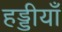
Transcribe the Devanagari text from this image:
हड्डीयाँ